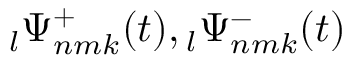
\phantom { } _ { l } \Psi _ { n m k } ^ { + } ( t ) , \phantom { } _ { l } \Psi _ { n m k } ^ { - } ( t )